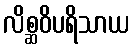
လိစ္ဆဝိပရိသာယ